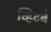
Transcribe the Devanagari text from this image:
व्हिटबे